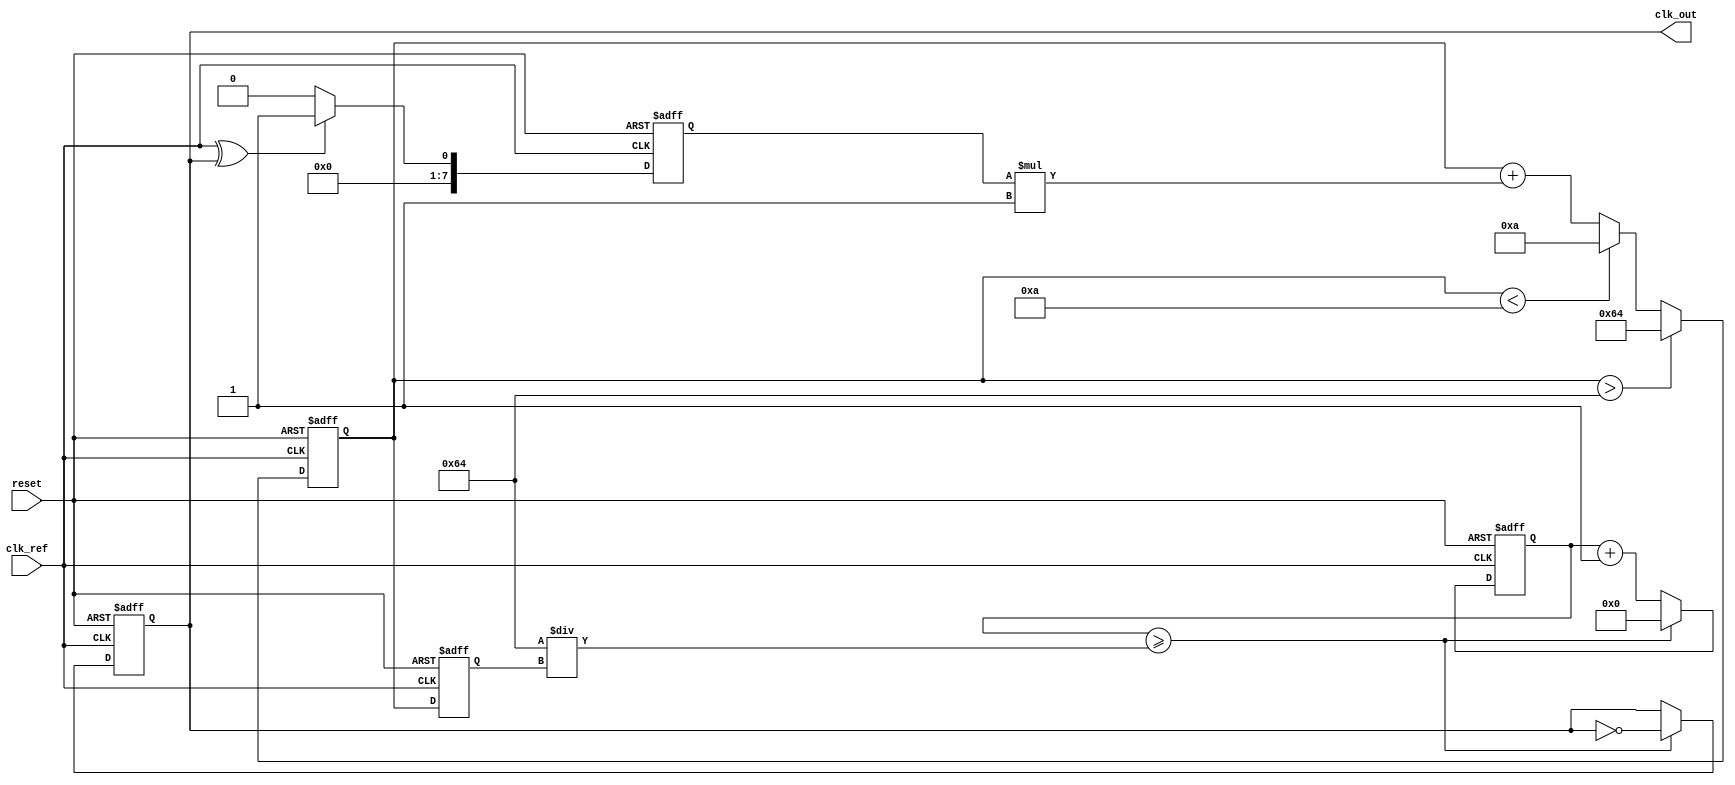
module continuous_time_PLL (
    input wire clk_ref,         // Reference clock input
    input wire reset,           // Asynchronous reset
    output reg clk_out          // Output clock
);

// Parameters for the PLL
parameter VCO_MAX_FREQ = 100; // Maximum frequency of VCO
parameter VCO_MIN_FREQ = 10;   // Minimum frequency of VCO
parameter LOOP_FILTER_GAIN = 1; // Gain for loop filter

// Internal signals
reg [7:0] phase_error;         // Phase error signal
reg [7:0] control_voltage;     // Control voltage for VCO
reg [7:0] vco_frequency;       // Current frequency of VCO
reg [31:0] vco_counter;        // VCO counter for clock generation

// Phase Detector (PD)
always @(posedge clk_ref or posedge reset) begin
    if (reset) begin
        phase_error <= 0;
    end else begin
        // Simple phase detector logic (XOR for example)
        phase_error <= (clk_ref ^ clk_out) ? 1 : 0; // Phase error detection
    end
end

// Loop Filter (LF)
always @(posedge clk_ref or posedge reset) begin
    if (reset) begin
        control_voltage <= 0;
    end else begin
        // Simple first-order loop filter
        control_voltage <= control_voltage + (phase_error * LOOP_FILTER_GAIN);
        // Clamp control voltage to VCO limits
        if (control_voltage > VCO_MAX_FREQ) begin
            control_voltage <= VCO_MAX_FREQ;
        end else if (control_voltage < VCO_MIN_FREQ) begin
            control_voltage <= VCO_MIN_FREQ;
        end
    end
end

// Voltage-Controlled Oscillator (VCO)
always @(posedge clk_ref or posedge reset) begin
    if (reset) begin
        vco_frequency <= VCO_MIN_FREQ; // Start at minimum frequency
        vco_counter <= 0;
        clk_out <= 0;
    end else begin
        // Update VCO frequency based on control voltage
        vco_frequency <= control_voltage;
        
        // Generate output clock based on VCO frequency
        if (vco_counter >= (100 / vco_frequency)) begin // Adjust for frequency
            clk_out <= ~clk_out; // Toggle output clock
            vco_counter <= 0;
        end else begin
            vco_counter <= vco_counter + 1;
        end
    end
end

endmodule